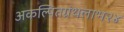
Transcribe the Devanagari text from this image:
अकल्पितग्रंथलाभ२४